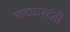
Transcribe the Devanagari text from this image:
कट्यारदंती